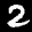
Label: 2